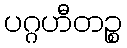
ပဂ္ဂဟီတဉ္စ